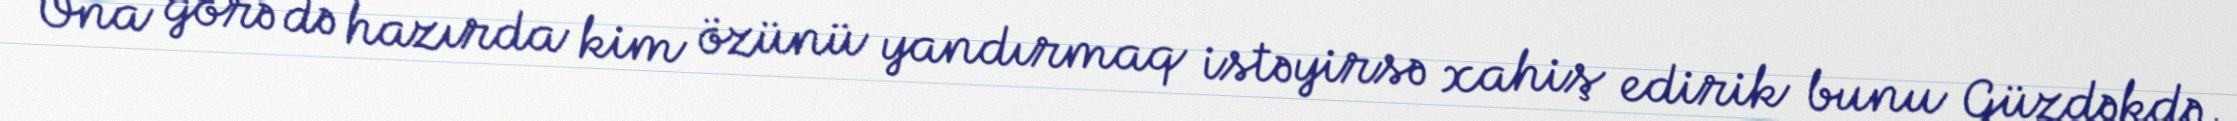
Ona görə də hazırda kim özünü yandırmaq istəyirsə xahiş edirik bunu Güzdəkdə,